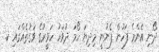
ދޯނި އެންމެ ފަހުން ފެނުނީ މިދިޔަ ހޯމަ ދުވަހު ހަވީރުގެ ވަގުތެއްގައި ކ.